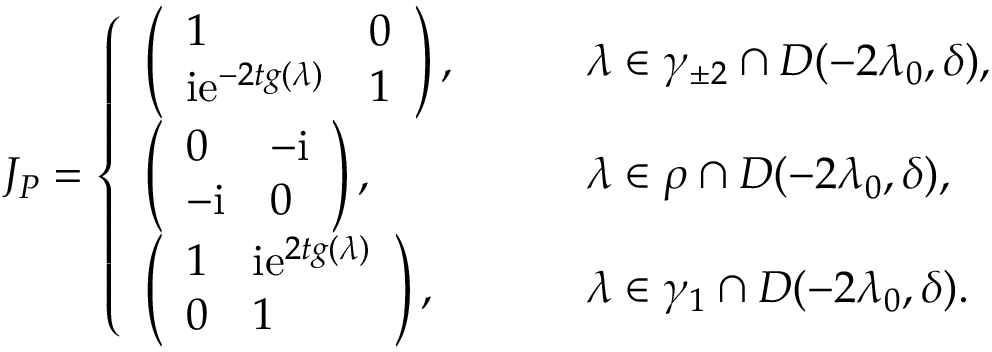
J _ { P } = \left\{ \begin{array} { l l } { \left( \begin{array} { l l } { 1 } & { 0 } \\ { \mathrm { i } \mathrm { e } ^ { - 2 t g ( \lambda ) } } & { 1 } \end{array} \right) , } & { \qquad \lambda \in \gamma _ { \pm 2 } \cap D ( - 2 \lambda _ { 0 } , \delta ) , } \\ { \left( \begin{array} { l l } { 0 } & { - \mathrm { i } } \\ { - \mathrm { i } } & { 0 } \end{array} \right) , } & { \qquad \lambda \in \rho \cap D ( - 2 \lambda _ { 0 } , \delta ) , } \\ { \left( \begin{array} { l l } { 1 } & { \mathrm { i } \mathrm { e } ^ { 2 t g ( \lambda ) } } \\ { 0 } & { 1 } \end{array} \right) , } & { \qquad \lambda \in \gamma _ { 1 } \cap D ( - 2 \lambda _ { 0 } , \delta ) . } \end{array} \right.